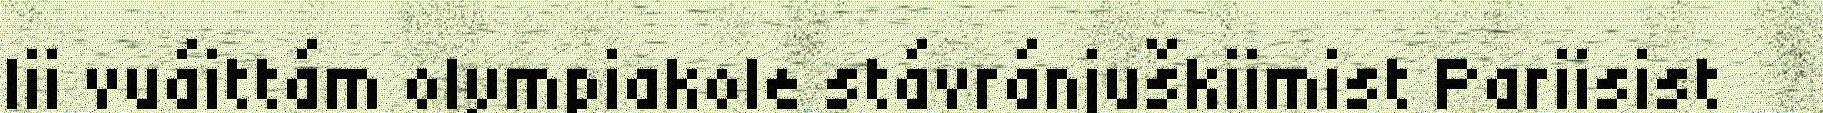
lii vuáittám olympiakole stávránjuškiimist Pariisist